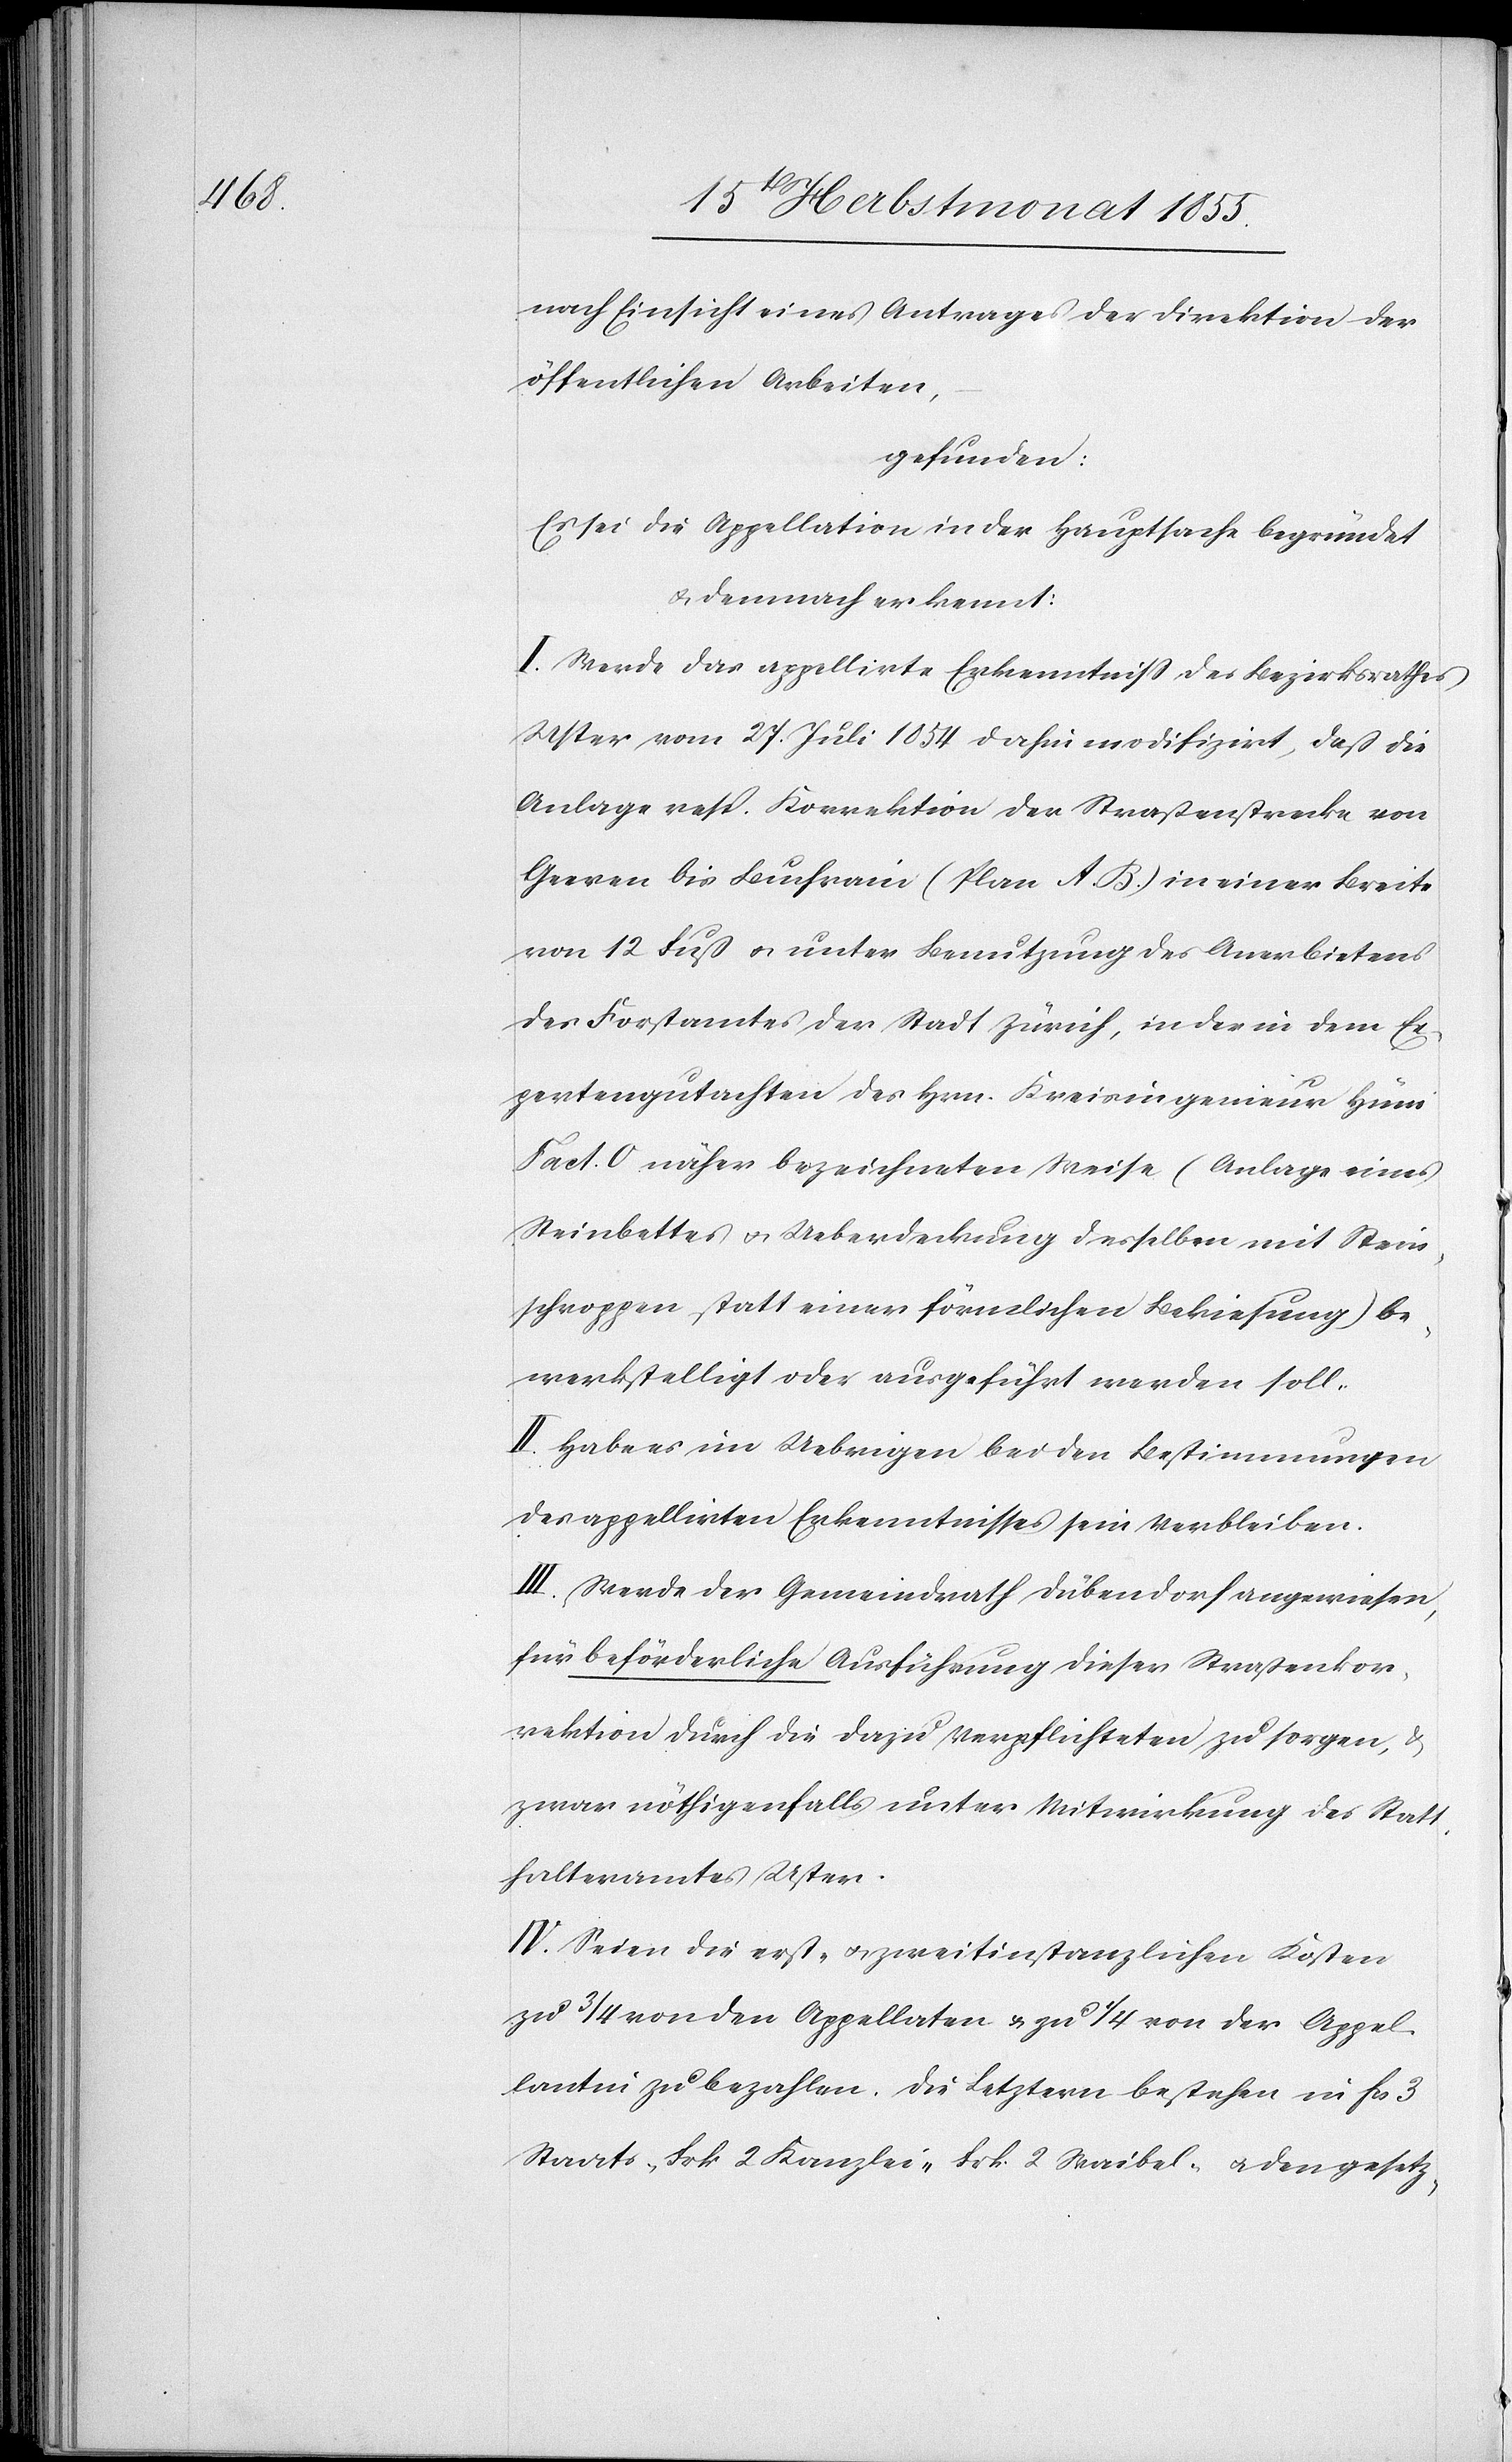
nach Einsicht eines Antrages der Direktion der
öffentlichen Arbeiten,
gefunden:
Es sei die Appellation in der Hauptsache begründet
& demnach erkennt:
I. Werde das appellirte Erkenntniss des Bezirksrathes
Uster vom 27. Juli 1854 dahin modifizirt, daß die
Anlage resp. Korrektion der Straßenstrecke von
Geeren bis Buchrain (Plan A. B.) in einer Breite
von 12 Fuß & unter Benutzung des Anerbietens
des Forstamtes der Stadt Zürich, in der in dem Ex¬
pertengutachten des Hrn. Kreisingenieur Hüni
Fact. O näher bezeichneten Weise (Anlage eines
Steinbettes & Ueberdeckung desselben mit Stein¬
schroppen statt einer förmlichen Bekiesung) be¬
werkstelligt oder ausgeführt werden soll.
II. Habe es im Uebrigen bei den Bestimmungen
des appellirten Erkenntnisses sein Verbleiben.
III. Werde der Gemeindrath Dübendorf angewiesen,
für beförderliche Ausführung dieser Straßenkor¬
rektion durch die dazu Verpflichteten zu sorgen, &
zwar nöthigenfalls unter Mitwirkung des Statt¬
halteramtes Uster.
IV. Seien die erst- & zweitinstanzlichen Kosten
zu 3/4 von den Appellaten & zu 1/4 von der Appel¬
lantin zu bezahlen. Die Letztern bestehen in Fcs 3
Staats-[,] Frk. 2 Kanzlei-[,] Frk. 2 Waibel- & den gesetz-